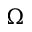
\Omega